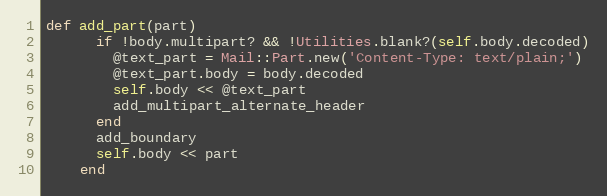
Language: Ruby
def add_part(part)
      if !body.multipart? && !Utilities.blank?(self.body.decoded)
        @text_part = Mail::Part.new('Content-Type: text/plain;')
        @text_part.body = body.decoded
        self.body << @text_part
        add_multipart_alternate_header
      end
      add_boundary
      self.body << part
    end